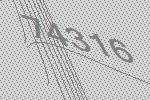
74316